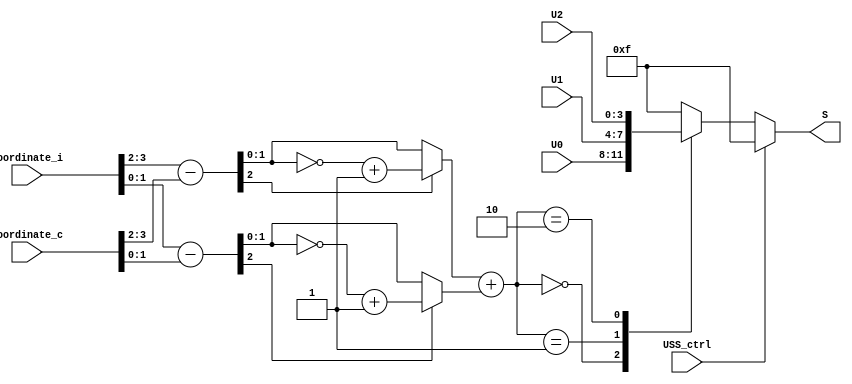
`define rmax 3'd2


module USS(S,
             USS_ctrl,
             coordinate_i,
             coordinate_c,
             U0,
             U1,
             U2);


  // ---------------------- input  ---------------------- //
  input [3:0]coordinate_i,coordinate_c;
  input [3:0]U0,U1,U2;
  input USS_ctrl;
  // ---------------------- output ---------------------- //
  output reg[3:0]S;

  // ---------------------- design ---------------------- //


  wire [2:0]dx,dy; //distance between winner and neuron
  wire [2:0]p_dx,p_dy;
  wire [2:0]r;     //r=radius

  assign dx=coordinate_i[3:2]-coordinate_c[3:2];
  assign dy=coordinate_i[1:0]-coordinate_c[1:0];

  //change to be positive
  assign p_dx=(dx[2])? ~dx+3'd1:dx;
  assign p_dy=(dy[2])? ~dy+3'd1:dy;

  assign r=p_dx[1:0]+p_dy[1:0];


  always@(*)
  begin
    if(USS_ctrl)
    begin
      S=4'd15; //not to update weight
    end
    else
    begin
      case(r)
        3'd0:
          S=U0;
        3'd1:
          S=U1;
        3'd2:
          S=U2; //r=r_max
        default:
          S=4'd15; //r>r_max
      endcase
    end
  end

endmodule